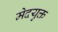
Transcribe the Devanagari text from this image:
मेदयुक्त